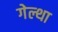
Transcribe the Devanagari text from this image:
गेल्था